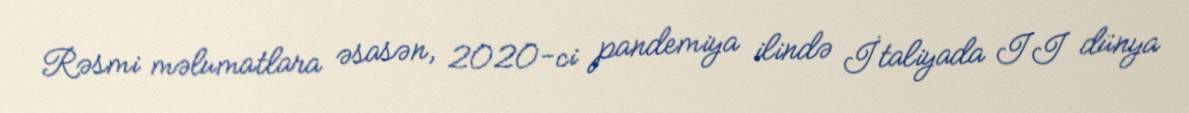
Rəsmi məlumatlara əsasən, 2020-ci pandemiya ilində İtaliyada II dünya